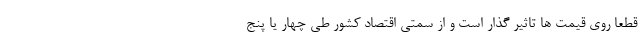
قطعا روی قیمت ها تاثیر گذار است و از سمتی اقتصاد کشور طی چهار یا پنج